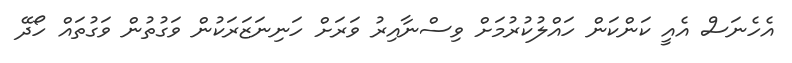
އެހެނަސް އެއީ ކަންކަން ހައްލުކުރުމަށް ވިސްނާއިރު ވަރަށް ހަނިނަޒަރަކުން ވަގުތުން ވަގުތައް ހޯދޭ